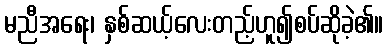
မညီအရေး၊ နှစ်ဆယ့်လေးတည့်ဟူ၍စပ်ဆိုခဲ့၏။